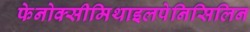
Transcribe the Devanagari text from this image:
फेनोक्सीमिथाइलपेनिसिलिन